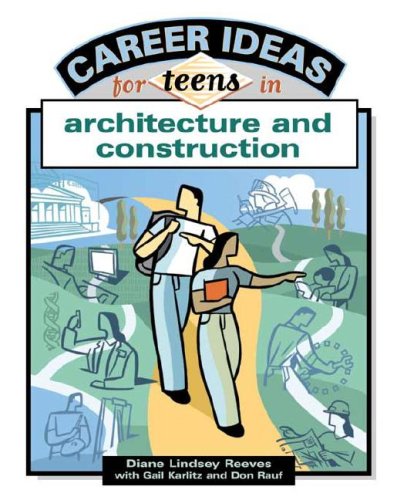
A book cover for Career Ideas for Teens in Architecture and Construction; Diane Lindsey Reeves; Teen & Young Adult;